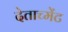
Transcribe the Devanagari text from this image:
देताच्मेंट